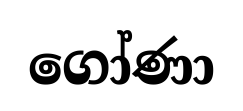
ගෝණා